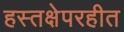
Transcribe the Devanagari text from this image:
हस्तक्षेपरहीत